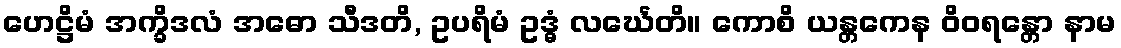
ဟေဋ္ဌိမံ အက္ခိဒလံ အဓော သီဒတိ, ဥပရိမံ ဥဒ္ဓံ လင်္ဃေတိ။ ကောစိ ယန္တကေန ဝိဝရန္တော နာမ